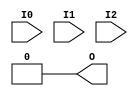
module LUT3_8(output O, input I0, I1, I2);
  parameter [7:0] INIT = 0;
  wire [ 3: 0] s2 = I2 ? INIT[ 7: 4] : INIT[ 3: 0];
  wire [ 1: 0] s1 = I1 ?   s2[ 3: 2] :   s2[ 1: 0];
  assign O = I0 ? s1[1] : s1[0];
endmodule